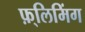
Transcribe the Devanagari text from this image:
फ़्लिमिंग